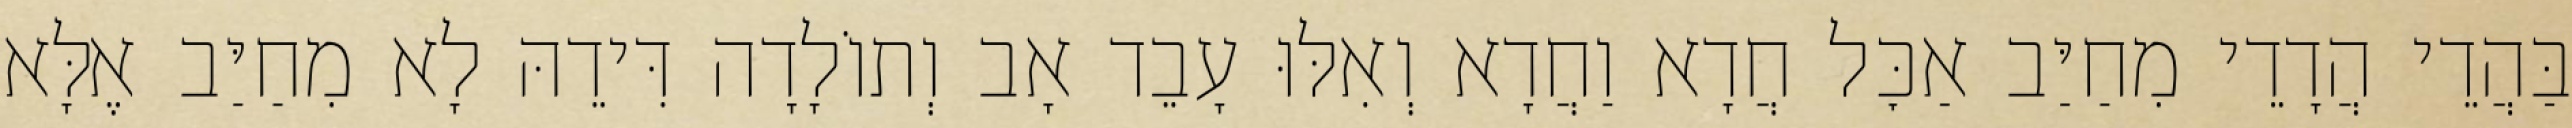
בַּהֲדֵי הֲדָדֵי מִחַיַּב אַכׇּל חֲדָא וַחֲדָא וְאִלּוּ עָבֵד אָב וְתוֹלָדָה דִּידֵהּ לָא מִחַיַּב אֶלָּא